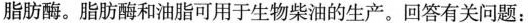
脂肪酶。脂肪酶和油脂可用于生物柴油的生产。回答有关问题：